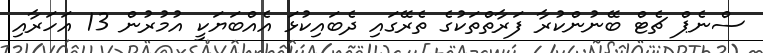
ސްނެޕް ޗެޓް ބޭނުންކުރާ ފަރާތްތަކުގެ ތެރޭގައި ދެބައިކުޅަ އެއްބަޔަކީ އުމުރުން 13 އަހަރާއި